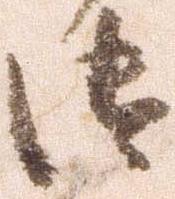
御